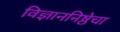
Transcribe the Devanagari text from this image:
विज्ञाननिष्ठेचा